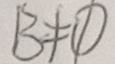
B \neq \phi